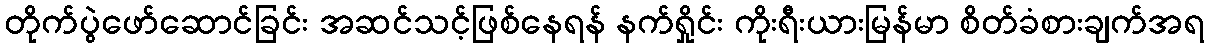
တိုက်ပွဲဖော်ဆောင်ခြင်း အဆင်သင့်ဖြစ်နေရန် နက်ရှိုင်း ကိုးရီးယားမြန်မာ စိတ်ခံစားချက်အရ